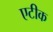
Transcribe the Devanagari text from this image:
एटीक